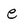
Character: e